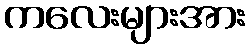
ကလေးများအား